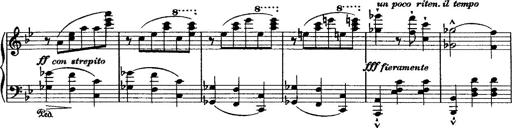
Title: Grande valse di bravura
Composer: Franz Liszt